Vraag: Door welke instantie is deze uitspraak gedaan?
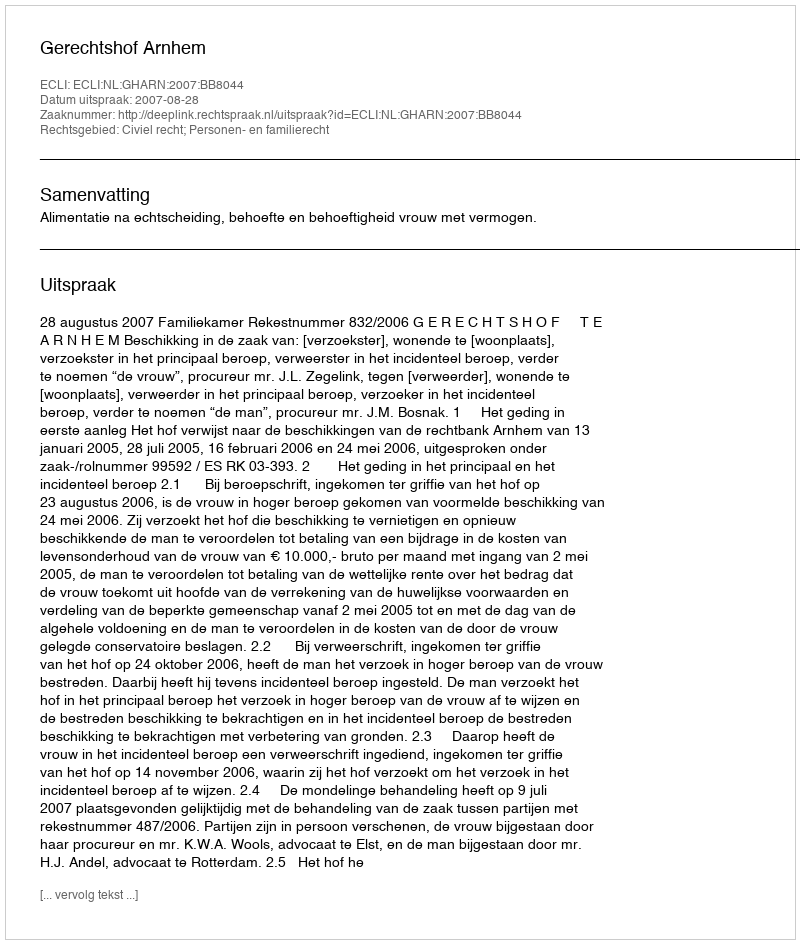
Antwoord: Gerechtshof Arnhem